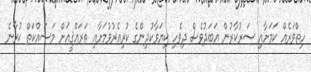
ހިތްވަރެއް ކަމަށާއި ސަރުކާރުން އަބަދުވެސް ދިވެހި ކިޔަވާކުދިންގެ ކުރިއެރުވުމަށާއި ތަރައްޤީއަށް މަސައްކަތް ކުރާނެ